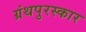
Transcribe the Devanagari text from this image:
ग्रंथपुरस्कार